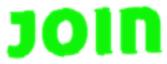
join